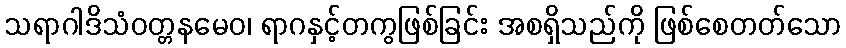
သရာဂါဒိသံဝတ္တနမေဝ၊ ရာဂနှင့်တကွဖြစ်ခြင်း အစရှိသည်ကို ဖြစ်စေတတ်သော